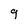
Character: 9